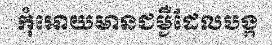
កុំអោយមានជម្ងឺដែលបង្ក